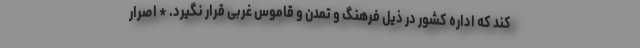
کند که اداره کشور در ذیل فرهنگ و تمدن و قاموس غربی قرار نگیرد. * اصرار